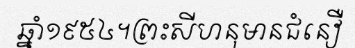
ឆ្នាំ១៩៥៤។ព្រះសីហនុមានជំនឿ